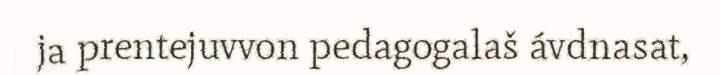
ja prentejuvvon pedagogalaš ávdnasat,